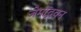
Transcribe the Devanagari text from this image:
जेमोद्भवन